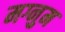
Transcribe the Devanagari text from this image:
मग्नुम